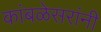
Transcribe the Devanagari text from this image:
कांबळेसरांनी